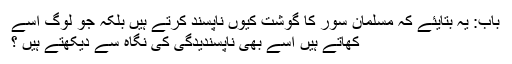
باب: یہ بتایئے کہ مسلمان سور کا گوشت کیوں ناپسند کرتے ہیں بلکہ جو لوگ اسے
کھاتے ہیں اسے بھی ناپسندیدگی کی نگاہ سے دیکھتے ہیں ؟